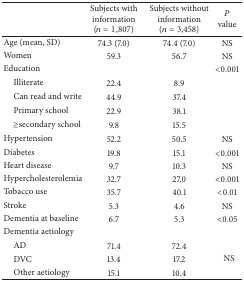
<table><thead><tr><td><b> </b></td><td><b>Subjects with information (<i>n</i> = 1,807)</b></td><td><b>Subjects without information (<i>n</i> = 3,458)</b></td><td><b><i>P</i> value</b></td></tr></thead><tbody><tr><td>Age (mean, SD)</td><td>74.3 (7.0)</td><td>74.4 (7.0)</td><td>NS</td></tr><tr><td>Women</td><td>59.3</td><td>56.7</td><td>NS</td></tr><tr><td>Education</td><td> </td><td> </td><td>&lt;0.001</td></tr><tr><td> Illiterate</td><td>22.4</td><td>8.9</td><td> </td></tr><tr><td> Can read and write</td><td>44.9</td><td>37.4</td><td> </td></tr><tr><td> Primary school</td><td>22.9</td><td>38.1</td><td> </td></tr><tr><td> ≥secondary school</td><td>9.8</td><td>15.5</td><td> </td></tr><tr><td>Hypertension</td><td>52.2</td><td>50.5</td><td>NS</td></tr><tr><td>Diabetes</td><td>19.8</td><td>15.1</td><td>&lt;0.001</td></tr><tr><td>Heart disease</td><td>9.7</td><td>10.3</td><td>NS</td></tr><tr><td>Hypercholesterolemia</td><td>32.7</td><td>27.0</td><td>&lt;0.001</td></tr><tr><td>Tobacco use</td><td>35.7</td><td>40.1</td><td>&lt;0.01</td></tr><tr><td>Stroke </td><td>5.3</td><td>4.6</td><td>NS</td></tr><tr><td>Dementia at baseline </td><td>6.7</td><td>5.3</td><td>&lt;0.05</td></tr><tr><td>Dementia aetiology </td><td> </td><td> </td><td> </td></tr><tr><td> AD</td><td>71.4</td><td>72.4</td><td rowspan="3">NS</td></tr><tr><td> DVC</td><td>13.4</td><td>17.2</td></tr><tr><td> Other aetiology</td><td>15.1</td><td>10.4</td></tr></tbody></table>